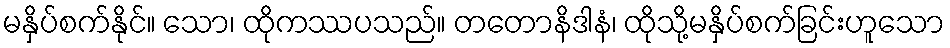
မနှိပ်စက်နိုင်။ သော၊ ထိုကဿပသည်။ တတောနိဒါနံ၊ ထိုသို့မနှိပ်စက်ခြင်းဟူသော